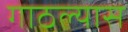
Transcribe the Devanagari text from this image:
गाठल्यास